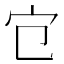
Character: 𡦻